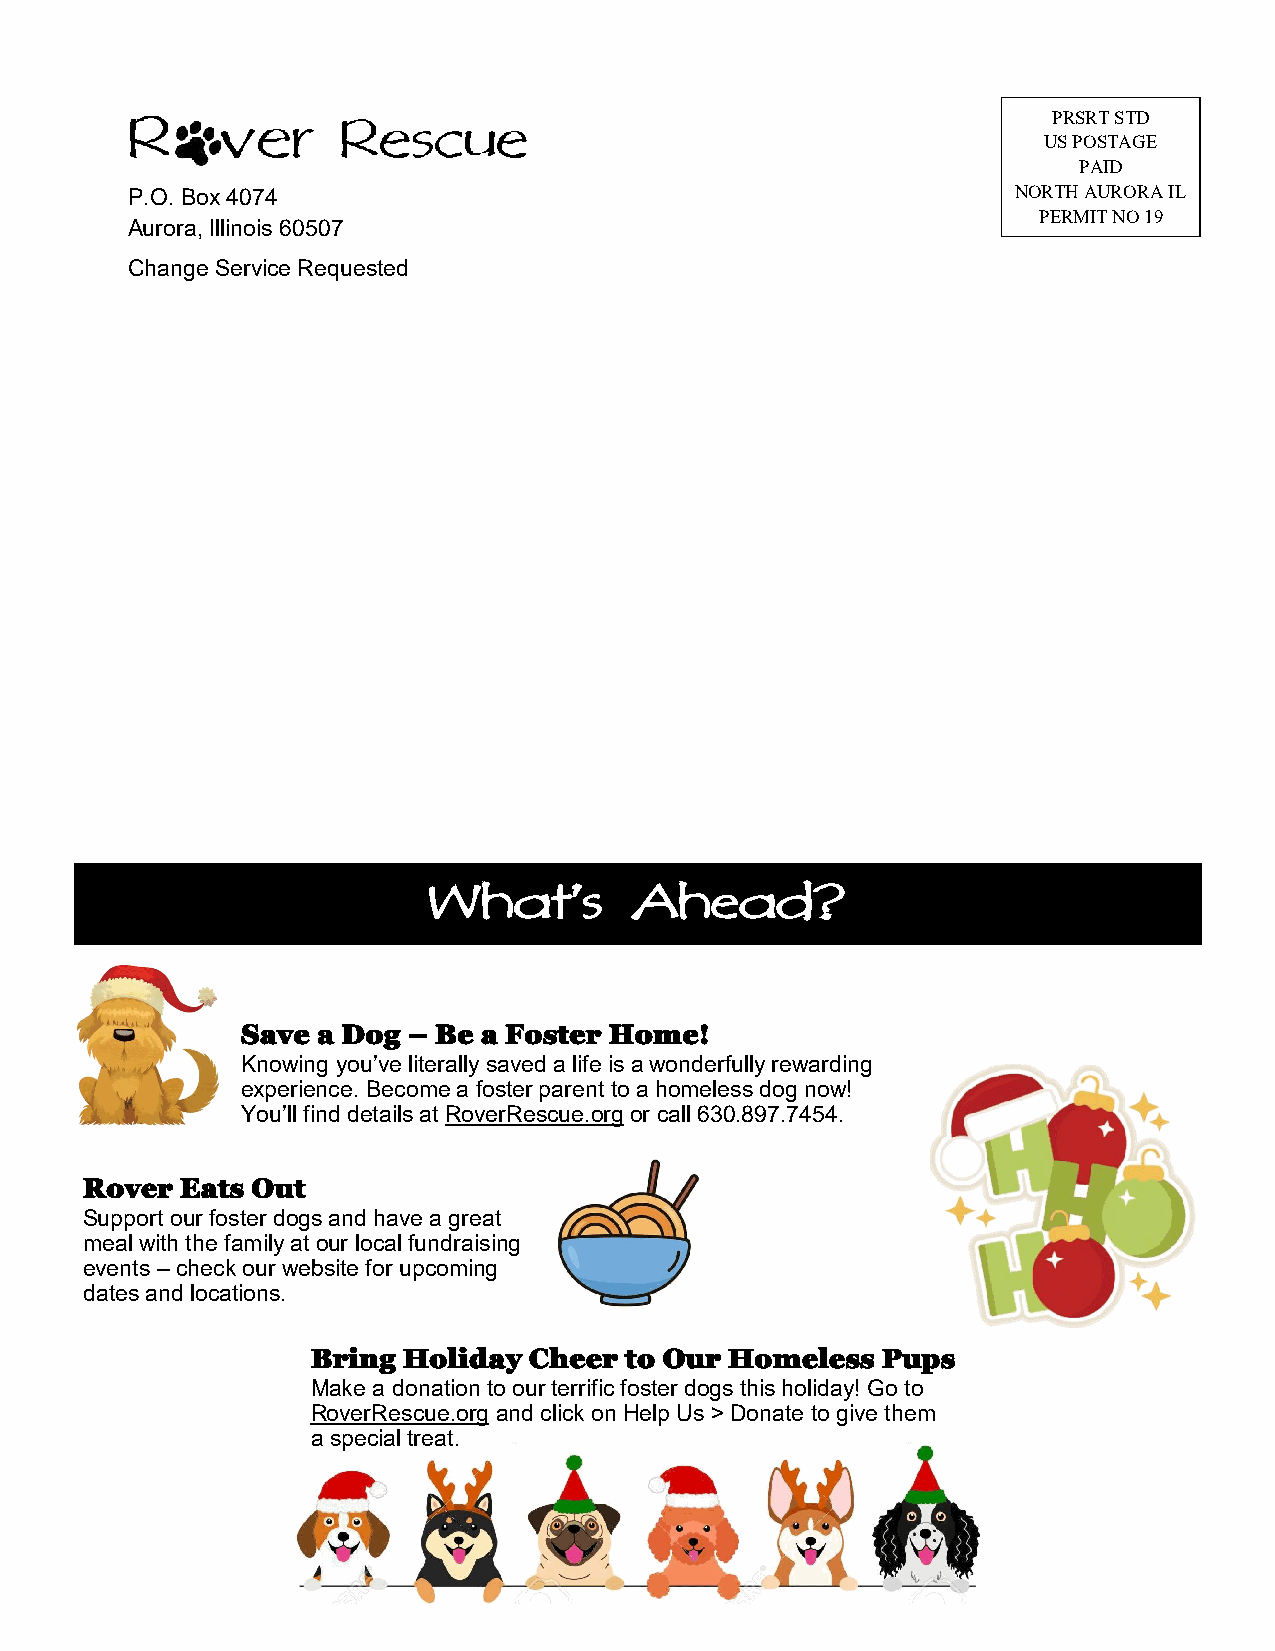
PRSRT STD
 US POSTAGE
 PAID
 P.O. Box 4074                                              NORTH AURORA IL
 PERMIT NO 19
 Aurora, Illinois 60507
 Change Service Requested
 What’s        Ahead?
 Save a Dog – Be a Foster Home!
 Knowing you’ve literally saved a life is a wonderfully rewarding
 experience. Become a foster parent to a homeless dog now!
 You’ll find details at RoverRescue.org or call 630.897.7454.
 Rover  Eats Out
 Support our foster dogs and have a great
 meal with the family at our local fundraising
 events – check our website for upcoming
 dates and locations.
 Bring Holiday Cheer to Our Homeless  Pups
 Make a donation to our terrific foster dogs this holiday! Go to
 RoverRescue.org and click on Help Us > Donate to give them
 a special treat.